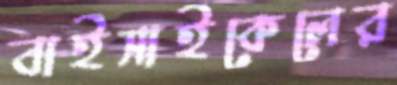
বাইসাইকেলের